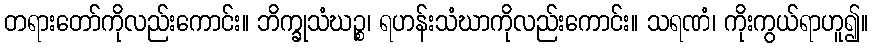
တရားတော်ကိုလည်းကောင်း။ ဘိက္ခုသံဃဉ္စ၊ ရဟန်းသံဃာကိုလည်းကောင်း။ သရဏံ၊ ကိုးကွယ်ရာဟူ၍။